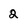
Character: 2